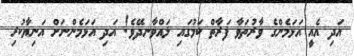
އަދި އެއީ އަޅަމެންގެ ވާރުތަވާ ފަރާތް ކަމުގައި ލައްވާނދޭވެ! އަދި އަޅަމެންނަށް އަނިޔާކުރި